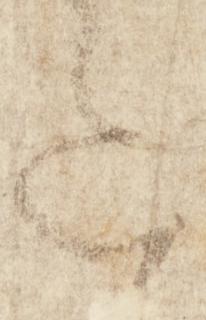
意